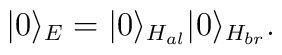
| 0\rangle_E= | 0\rangle_{H_{al}} | 0\rangle_{H_{br}}.